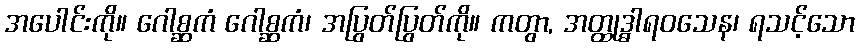
အပေါင်းကို။ ဂေါစ္ဆကံ ဂေါစ္ဆကံ၊ အပြွတ်ပြွတ်ကို။ ကတွာ, အတ္ထုဒ္ဓါရဝသေန၊ ရသင့်သော